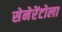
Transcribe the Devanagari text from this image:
सेनेरेंटोला